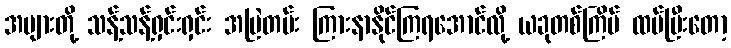
အများတို့ သန့်သန့်ရှင်းရှင်း အမြဲတမ်း ကြားနာနိုင်ကြရအောင်လို့ ယခုတစ်ကြိမ် ထပ်ပြီးတော့